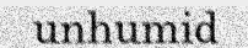
unhumid